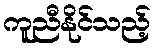
ကူညီနိုင်သည့်